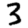
Digit: 3